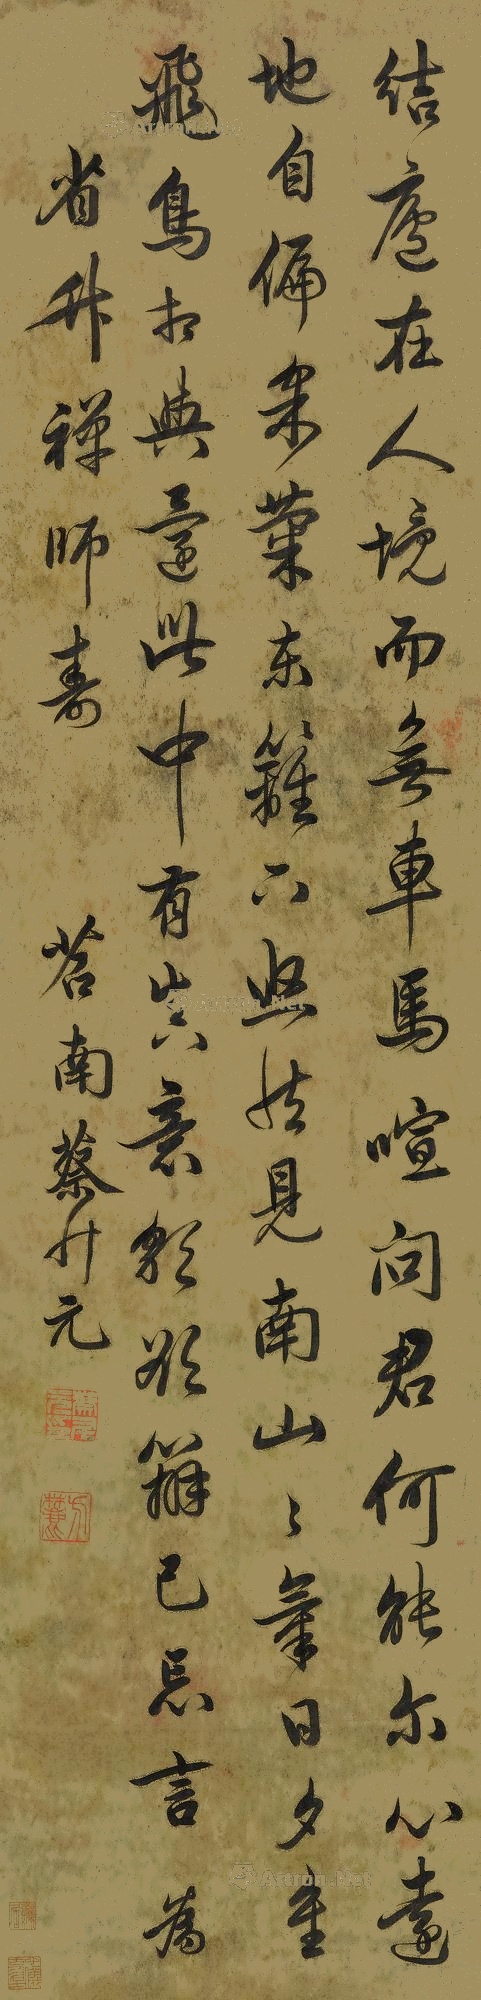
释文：结庐在人境，而无车马喧。问君何能尔？心远地自偏。采菊东篱下，悠然见南山。山气日夕佳，飞鸟相与还。此中有真意，欲辨已忘言。省升禅师寿，苕南蔡升元。